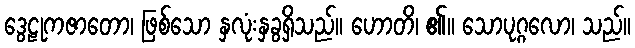
ဒွေဠုကဇာတော၊ ဖြစ်သော နှလုံးနှခွရှိသည်။ ဟောတိ၊ ၏။ သောပုဂ္ဂလော၊ သည်။